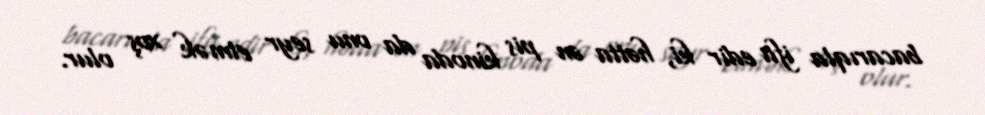
bacarıqla ifa edir ki, hətta ən pis kinoda da onu seyr etmək xoş olur.